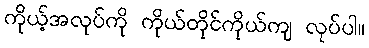
ကိုယ့်အလုပ်ကို ကိုယ်တိုင်ကိုယ်ကျ လုပ်ပါ။